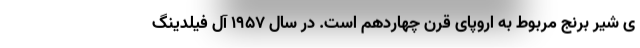
ی شیر برنج مربوط به اروپای قرن چهاردهم است. در سال ۱۹۵۷ آل فیلدینگ